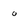
Character: 0